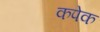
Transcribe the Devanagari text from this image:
कपेक